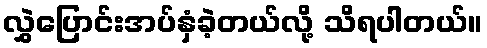
လွှဲပြောင်းအပ်နှံခဲ့တယ်လို့ သိရပါတယ်။